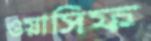
ওয়াসিফ